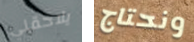
يلاحقني ونحتاج